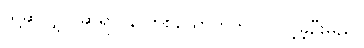
သို့ဆိုလျှင် ဆရာဝန် တစ်ယောက်ကိုပင် ပင့်ခဲ့ဦးမည်။